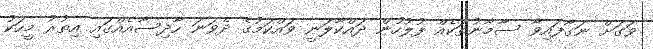
ވަގަށް ނަގާފައިވާ ސާމާނުތަކެއް ފުލުހުން ދައްކާލަނީ ވައްކަމުގެ ދެވަނަ ހާދިސާއެއްގައި އިތުރު މީހަކު